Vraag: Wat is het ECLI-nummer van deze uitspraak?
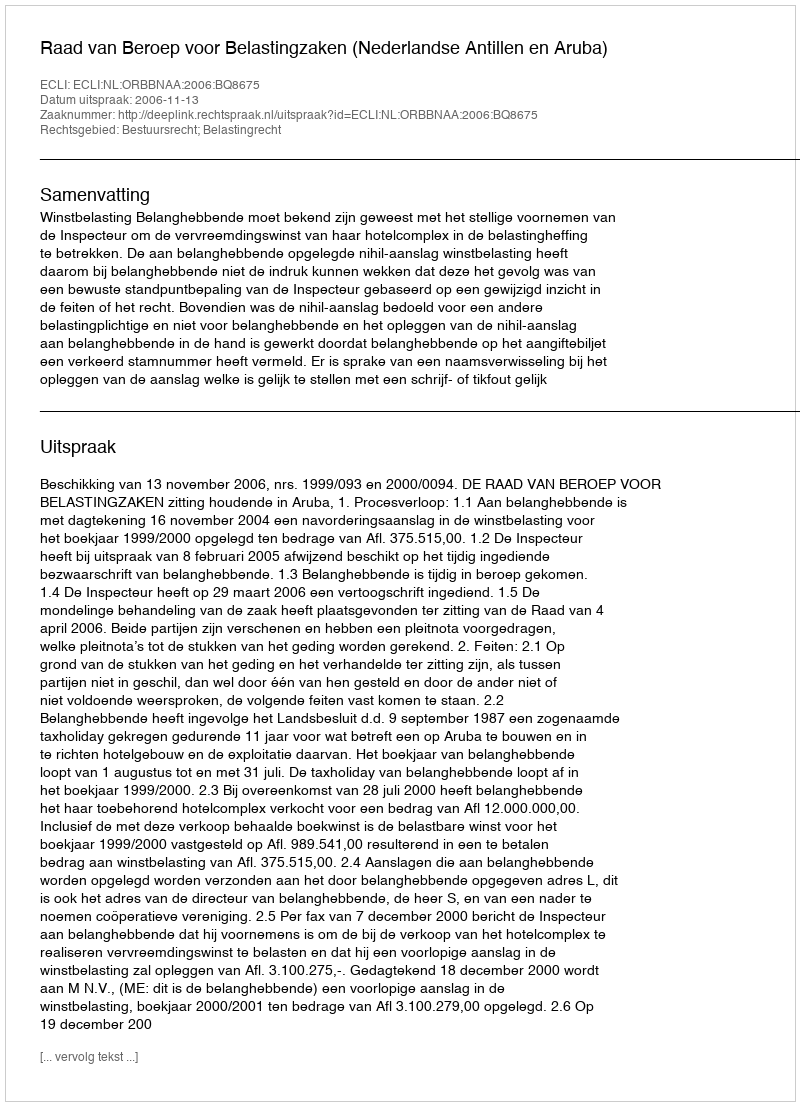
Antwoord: ECLI:NL:ORBBNAA:2006:BQ8675